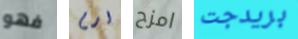
فهو ارم امزح بريدجت